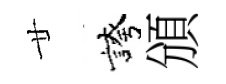
廿誇頒